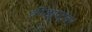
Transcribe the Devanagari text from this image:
क्रीडापटूंवर